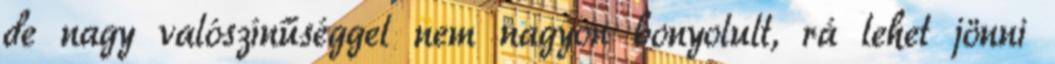
de nagy valószínűséggel nem nagyon bonyolult, rá lehet jönni